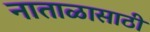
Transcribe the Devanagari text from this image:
नाताळासाठी